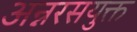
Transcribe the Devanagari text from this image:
अन्नरसयुक्त